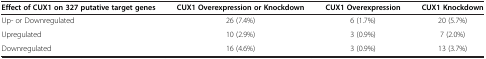
<table><thead><tr><td><b>Effect of CUX1 on 327 putative target genes</b></td><td><b>CUX1 Overexpression or Knockdown</b></td><td><b>CUX1 Overexpression</b></td><td><b>CUX1 Knockdown</b></td></tr></thead><tbody><tr><td>Up- or Downregulated</td><td>26 (7.4%)</td><td>6 (1.7%)</td><td>20 (5.7%)</td></tr><tr><td>Upregulated</td><td>10 (2.9%)</td><td>3 (0.9%)</td><td>7 (2.0%)</td></tr><tr><td>Downregulated</td><td>16 (4.6%)</td><td>3 (0.9%)</td><td>13 (3.7%)</td></tr></tbody></table>